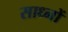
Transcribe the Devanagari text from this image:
साध्नों